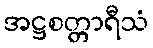
အဋ္ဌစတ္တာရီသံ